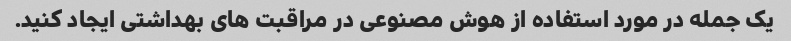
یک جمله در مورد استفاده از هوش مصنوعی در مراقبت های بهداشتی ایجاد کنید.